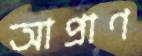
আপ্রাণ